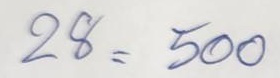
28 = 500